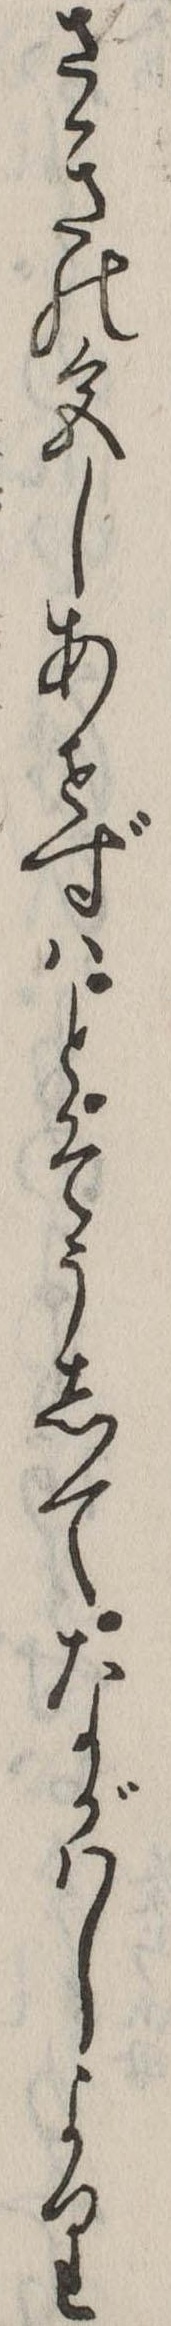
さきの色しあせずはとそうしてながはしより